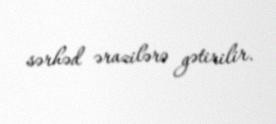
sərhəd ərazilərə gətirilir.